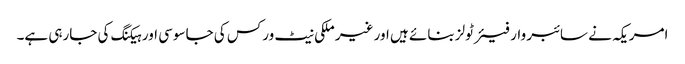
امریکہ نے سائبر وار فیئر ٹولز بنائے ہیں اور غیر ملکی نیٹ ورکس کی جاسوسی اور ہیکنگ کی جارہی ہے۔